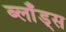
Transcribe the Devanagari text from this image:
ब्लाँड्स